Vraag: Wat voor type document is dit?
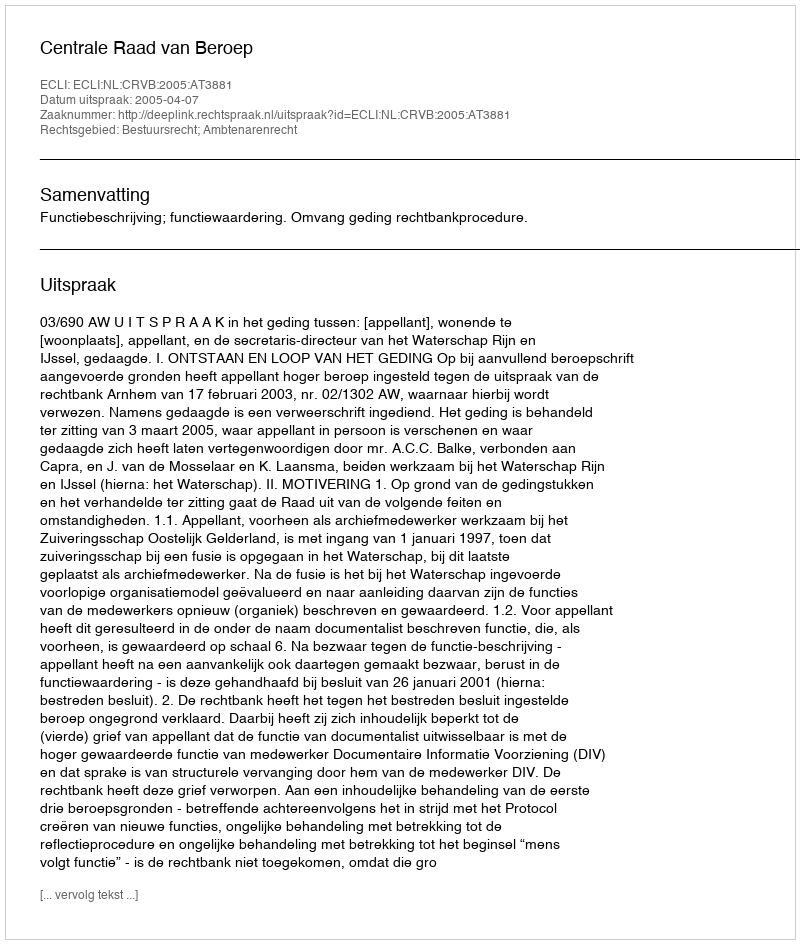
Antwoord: Uitspraak